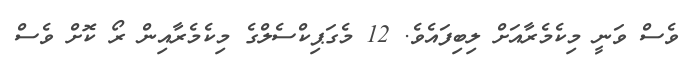
ވެސް ވަނީ މިކެމެރާއަށް ލިބިފައެވެ. 12 މެގަޕިކްސެލްގެ މިކެމެރާއިން ރޯ ކޮށް ވެސް